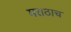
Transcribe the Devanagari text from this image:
मराठाच